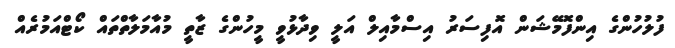
ފުލުހުންގެ އިންފޮމޭޝަން އޮފިސަރު އިސްމާއިލް އަލީ ވިދާޅުވީ މީހުންގެ ޒާތީ މުއާމަލާތްތައް ކޯޓްއަމުރެއް